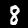
Digit: 8